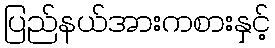
ပြည်နယ်အားကစားနှင့်